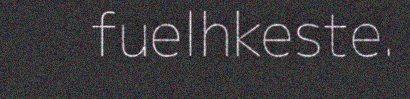
fuelhkeste.